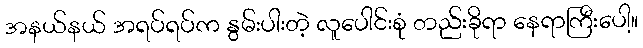
အနယ်နယ် အရပ်ရပ်က နွမ်းပါးတဲ့ လူပေါင်းစုံ တည်းခိုရာ နေရာကြီးပေါ့။